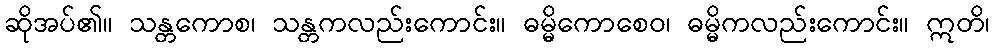
ဆိုအပ်၏။ သန္တကောစ၊ သန္တကလည်းကောင်း။ ဓမ္မိကောစေဝ၊ ဓမ္မိကလည်းကောင်း။ ဣတိ၊